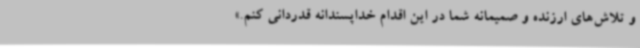
و تلاش‌های ارزنده و صمیمانه شما در این اقدام خداپسندانه قدردانی کنم.»